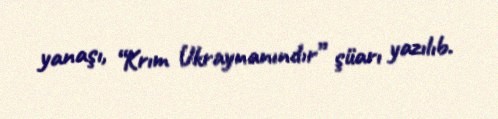
yanaşı, “Krım Ukraynanındır” şüarı yazılıb.